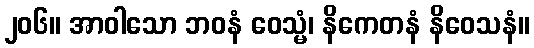
၂၀၆။ အာဝါသော ဘဝနံ ဝေသ္မံ၊ နိကေတနံ နိဝေသနံ။